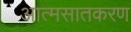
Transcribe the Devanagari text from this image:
आत्मसातकरण